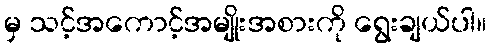
မှ သင့်အကောင့်အမျိုးအစားကို ရွေးချယ်ပါ။